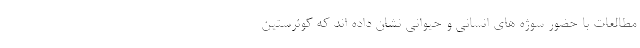
مطالعات با حضور سوژه های انسانی و حیوانی نشان داده اند که کوئرستین